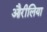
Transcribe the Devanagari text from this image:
औरीलिया